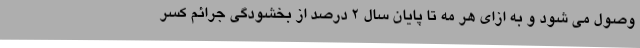
وصول می شود و به ازای هر مه تا پایان سال 2 درصد از بخشودگی جرائم کسر